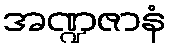
အဏ္ဍဇာနံ